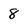
Character: 8